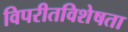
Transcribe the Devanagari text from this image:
विपरीतविशेषता